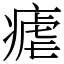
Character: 瘧